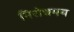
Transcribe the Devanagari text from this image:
निरोधमय